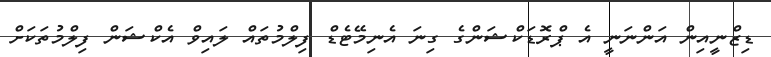
ޑިޒްނީއިން އަންނަނީ އެ ޕްރޮޑަކްޝަންގެ ގިނަ އެނިމޭޓެޑް ފިލްމުތައް ލައިވް އެކްޝަން ފިލްމުތަކަށް